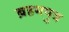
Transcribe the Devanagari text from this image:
ब्रहमपुत्र